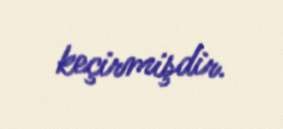
keçirmişdir.